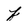
Character: f